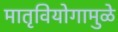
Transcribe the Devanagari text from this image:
मातृवियोगामुळे